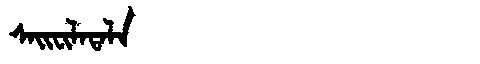
Manchu: ᠰᠠᡳᠸᡳᠯᠠᡨᠠᠯᠠ
Romanization: SAIFILATALA